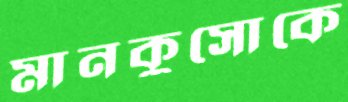
মানকুসোকে